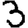
Digit: 3